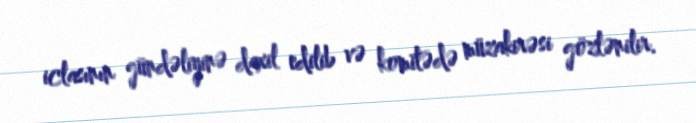
iclasının gündəliyinə daxil edilib və komitədə müzakirəsi gözlənilir.